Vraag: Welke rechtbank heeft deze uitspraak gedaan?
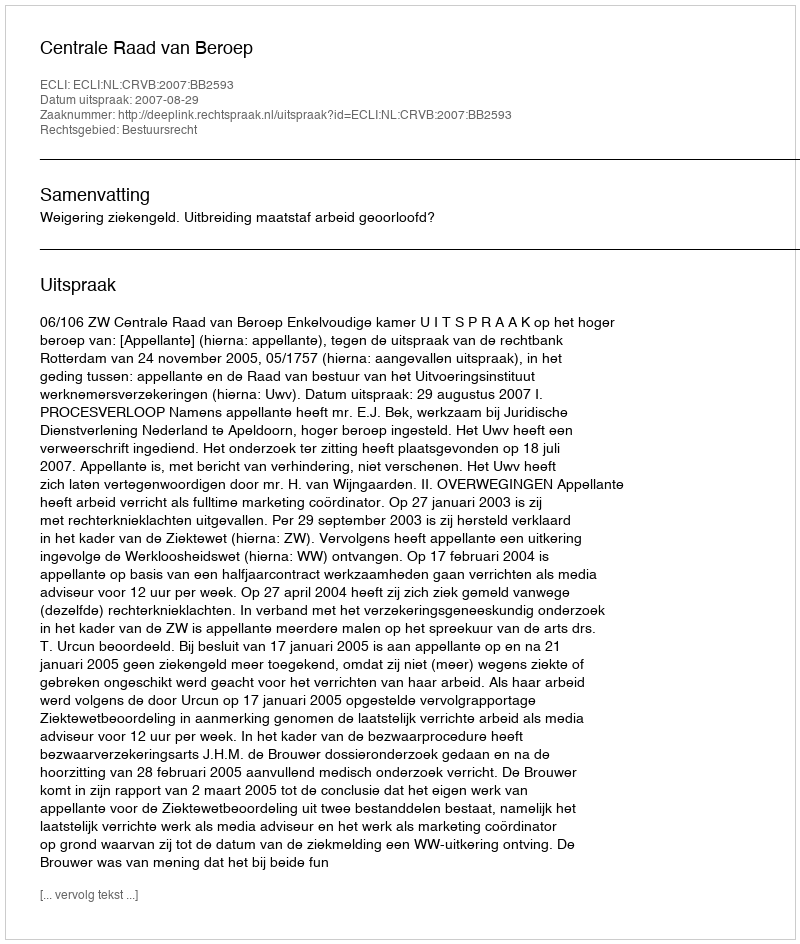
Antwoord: Centrale Raad van Beroep